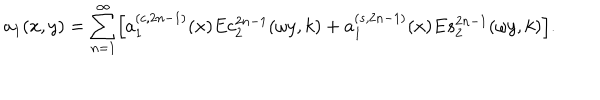
LaTeX: a _ { 1 } ( x , y ) = \sum _ { n = 1 } ^ { \infty } \Bigl [ a _ { 1 } ^ { ( c , 2 n - 1 ) } ( x ) E c _ { 2 } ^ { 2 n - 1 } ( \omega y , k ) + a _ { 1 } ^ { ( s , 2 n - 1 ) } ( x ) E s _ { 2 } ^ { 2 n - 1 } ( \omega y , k ) \Bigr ] .